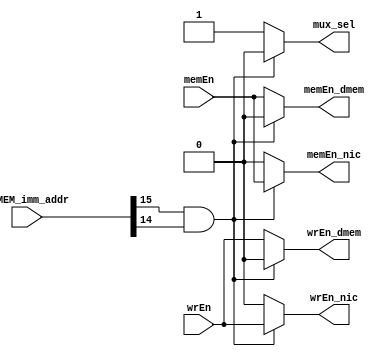
module cmp_mem_nic_ctrl (EXMEM_imm_addr,memEn,wrEn,memEn_dmem,wrEn_dmem,memEn_nic,wrEn_nic,mux_sel);
    input wire[0:31] EXMEM_imm_addr;
    input wire memEn,wrEn;
    output reg memEn_dmem,wrEn_dmem,memEn_nic,wrEn_nic,mux_sel;


    always @(*) begin
        if((EXMEM_imm_addr[16])&&(EXMEM_imm_addr[17])) begin// load or store data from nic
            memEn_nic = memEn;
            wrEn_nic = wrEn;
            memEn_dmem = 1'b 0;
            wrEn_dmem = 1'b 0;
            mux_sel = 1'b 0; //the data receive from nic  
        end
        else begin// load or store data from data_mem
            memEn_nic = 1'b 0;
            wrEn_nic = 1'b 0;
            memEn_dmem = memEn;
            wrEn_dmem = wrEn;
            mux_sel = 1'b 1; // the data receive from dmem
        end
    end
endmodule
module cardinal_processor (
    clk,reset,inst_in,d_in,pc_out,d_out,addr_out,memWrEn,memEn,addr_nic,din_nic,dout_nic,nicEn,nicWrEn
);
    input wire clk, reset;
    input wire [0:31] inst_in;
    input wire [0:63] d_in;
    output wire [0:31] pc_out;
    output wire [0:63] d_out;
    output wire [0:31] addr_out;
    output wire memWrEn, memEn;
    output wire[0:1] addr_nic;
    output wire [0:63] din_nic;
    input wire[0:63] dout_nic;
    output wire nicEn,nicWrEn;

    wire[0:31] addr_out1;
    wire memWrEn_cmp, memEn_cmp;
    wire memEn_dmem,wrEn_dmem;
    wire[0:63] d_out1;
    wire[0:63] d_in_sel;
    wire mux_sel;
    
    assign addr_nic = addr_out1[30:31];
    assign addr_out = addr_out1;
    assign memWrEn = wrEn_dmem;
    assign memEn = memEn_dmem;
    assign d_out = d_out1;
    assign din_nic = d_out1;

    assign d_in_sel = mux_sel? d_in: dout_nic;


    cmp cmp(clk,reset,inst_in,d_in_sel,pc_out,d_out1,addr_out1,memWrEn_cmp,memEn_cmp);
    cmp_mem_nic_ctrl ctrl_block(addr_out1,memEn_cmp,memWrEn_cmp,memEn_dmem,wrEn_dmem,nicEn,nicWrEn,mux_sel);
    

endmodule